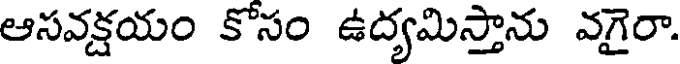
ఆసవక్షయం కోసం ఉద్యమిస్తాను వగైరా.